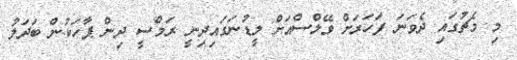
މި މެޗުގައި ދެވަނަ ފަހަރަށް ވޭލްސްއަށް ލީޑުނަގައިދިނީ ރަމްސީ ދިން ޕާހަކުން ބަދަލު